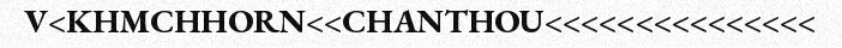
V<KHMCHHORN<<CHANTHOU<<<<<<<<<<<<<<<